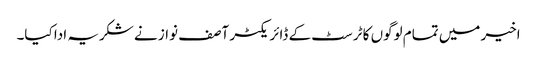
اخیر میں تمام لوگوں کا ٹرسٹ کے ڈائریکٹر آصف نواز نے شکریہ ادا کیا۔